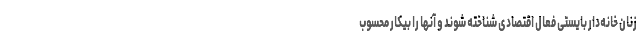
زنان خانه‌دار بایستی فعال اقتصادی شناخته شوند و آنها را بیکار محسوب